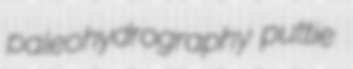
paleohydrography puttie